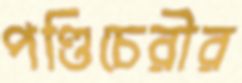
পণ্ডিচেরীর